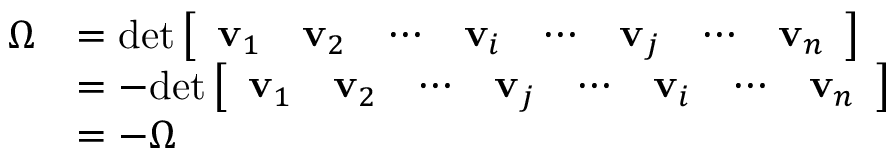
{ \begin{array} { r l } { \Omega } & { = \operatorname* { d e t } { \left[ \begin{array} { l l l l l l l l } { \mathbf { v } _ { 1 } } & { \mathbf { v } _ { 2 } } & { \cdots } & { \mathbf { v } _ { i } } & { \cdots } & { \mathbf { v } _ { j } } & { \cdots } & { \mathbf { v } _ { n } } \end{array} \right] } } \\ & { = - \! \operatorname* { d e t } { \left[ \begin{array} { l l l l l l l l } { \mathbf { v } _ { 1 } } & { \mathbf { v } _ { 2 } } & { \cdots } & { \mathbf { v } _ { j } } & { \cdots } & { \mathbf { v } _ { i } } & { \cdots } & { \mathbf { v } _ { n } } \end{array} \right] } } \\ & { = - \Omega } \end{array} }